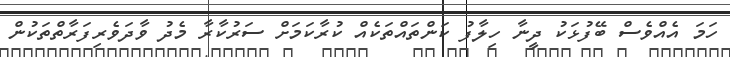
ހަމަ އެއްވެސް ބޭފުޅަކު ދީނާ ހިލާފު ކަންތައްތަކެއް ކުރާކަމަށް ސަރުކާރާ މެދު ވާދަވެރިފަރާތްތަކުން